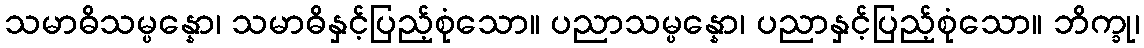
သမာဓိသမ္ပန္နော၊ သမာဓိနှင့်ပြည့်စုံသော။ ပညာသမ္ပန္နော၊ ပညာနှင့်ပြည့်စုံသော။ ဘိက္ခု၊